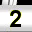
Digit: 2